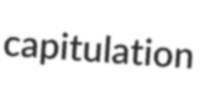
capitulation